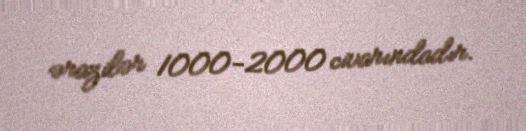
ərazilər 1000-2000 civarındadır.